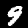
Label: 9